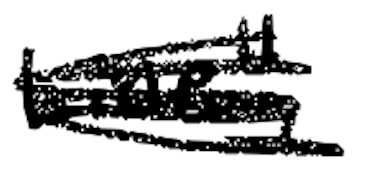
Text: Line,"
Cross-out: scratch
Writing tool: digital_black